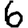
Digit: 6